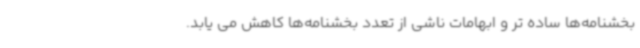
بخشنامه‌ها ساده تر و ابهامات ناشی از تعدد بخشنامه‌ها کاهش می یابد.